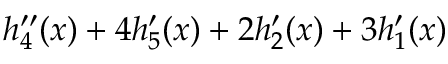
h _ { 4 } ^ { \prime \prime } ( x ) + 4 h _ { 5 } ^ { \prime } ( x ) + 2 h _ { 2 } ^ { \prime } ( x ) + 3 h _ { 1 } ^ { \prime } ( x )